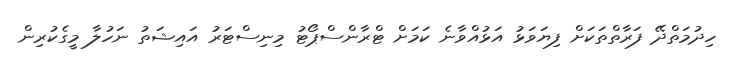
ހިދުމަތްދޭ ފަރާތްތަކަށް ފިޔަވަޅު އަޅުއްވާނެ ކަމަށް ޓްރާންސްޕޯޓު މިނިސްޓަރު އައިޝަތު ނަހުލާ މީގެކުރިން